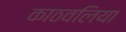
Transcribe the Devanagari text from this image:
काठवलिया